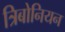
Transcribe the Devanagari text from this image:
त्रिबोनियन